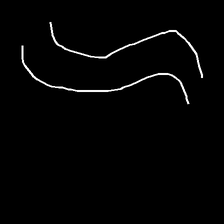
Glyph: float